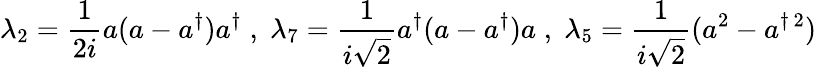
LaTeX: \lambda_{2}=\frac{1}{2i}a(a-a^{\dagger})a^{\dagger}\; ,\; \lambda_{7}=\frac{1}{i\sqrt{2}}a^{\dagger}(a-a^{\dagger})a\; ,\; \lambda_{5}=\frac{1}{i\sqrt{2}}(a^{2}-a^{\dagger\, 2})